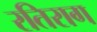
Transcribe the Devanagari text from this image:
रतिराग